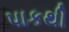
પાકથી